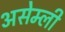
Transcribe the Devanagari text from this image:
असेम्ली